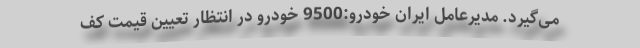
می‌گیرد. مدیرعامل ایران خودرو:9500 خودرو در انتظار تعیین قیمت کف